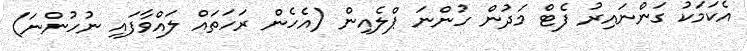
އެކަމަކު ގަންނައިރު ފެޓް މަދުން ހުންނަ ޕްލެއިން (އެހެން ރަހަތައް ލައްވާފައި ނުހުންނަ)